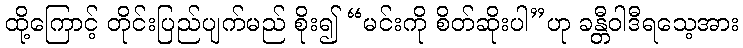
ထို့ကြောင့် တိုင်းပြည်ပျက်မည် စိုး၍ “မင်းကို စိတ်ဆိုးပါ”ဟု ခန္တီဝါဒီရသေ့အား